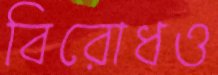
বিরোধও